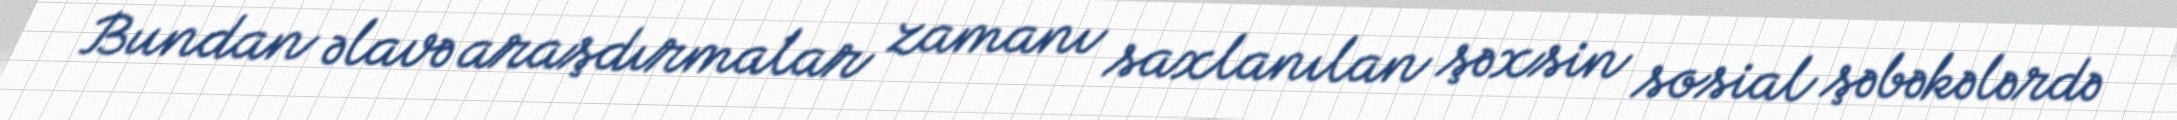
Bundan əlavə araşdırmalar zamanı saxlanılan şəxsin sosial şəbəkələrdə